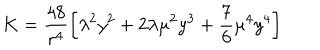
LaTeX: K = \frac { 4 8 } { r ^ { 4 } } \left[ \lambda ^ { 2 } y ^ { 2 } + 2 \lambda \mu ^ { 2 } y ^ { 3 } + \frac { 7 } { 6 } \mu ^ { 4 } y ^ { 4 } \right]